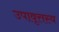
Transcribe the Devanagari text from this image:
उपावृत्तस्य